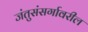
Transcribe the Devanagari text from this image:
जंतुसंसर्गावरील